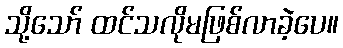
သို့သော် ထင်သလိုမဖြစ်လာခဲ့ပေ။